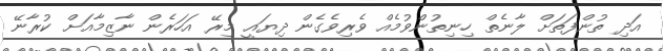
އަދި ތުންފަތަށް ލާނެތް ހިނިތުންވުމެއް ވެރިވެގެން ދިޔައީ މިރޭ އަހަރެން ނާޒިމާއަށް ކުރާނޭ